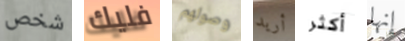
شخص فليك وصولهم أريد أكثر إنها